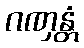
ဂဏှန္တံ